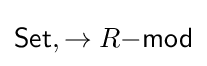
{\mathsf {Set}},\to R{\mathsf {-mod}}